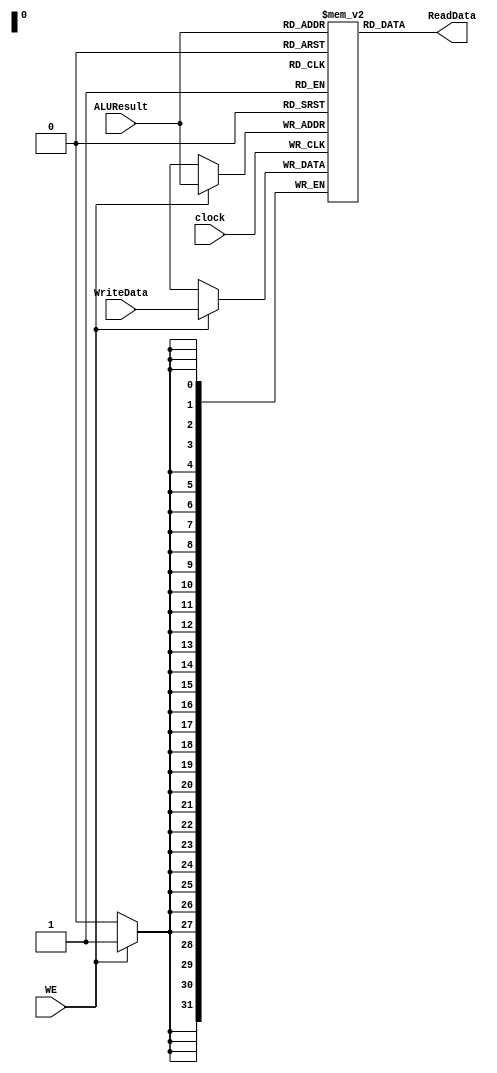
module data_memory #(parameter ADDR_WIDTH = 32, DATA_WIDTH = 32)(
	clock, WE, ALUResult, WriteData, ReadData
);

	input clock, WE;
	input [DATA_WIDTH-1:0] ALUResult, WriteData;
	output [DATA_WIDTH-1:0] ReadData;
	
	reg [DATA_WIDTH-1:0] memory [0:(1<<ADDR_WIDTH)-1];
	
	assign ReadData = memory[ALUResult];
	
	always @(posedge clock)
		if (WE)
			memory[ALUResult] <= WriteData;

endmodule